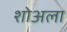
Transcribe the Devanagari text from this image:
शोअला